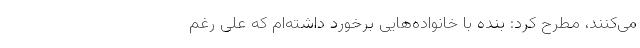
می‌کنند، مطرح کرد: بنده با خانواده‌هایی برخورد داشته‌ام که علی رغم